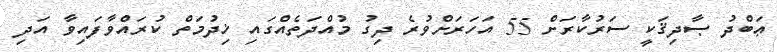
ޢަބްދު ޞާދިޤަކީ ސަރުކާރަށް 55 އަހަރަށްވުރެ ދިގު މުއްދަތެއްގައި ޚިދުމަތް ކުރައްވާފައިވާ އަދި